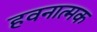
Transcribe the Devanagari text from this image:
हवनात्मक